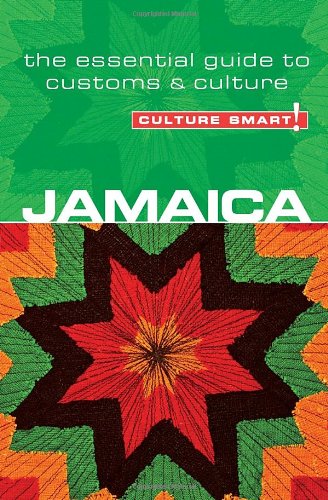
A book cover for Jamaica - Culture Smart!: The Essential Guide to Customs & Culture; Nick Davis; Business & Money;